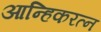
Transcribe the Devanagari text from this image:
आन्हिकरत्न